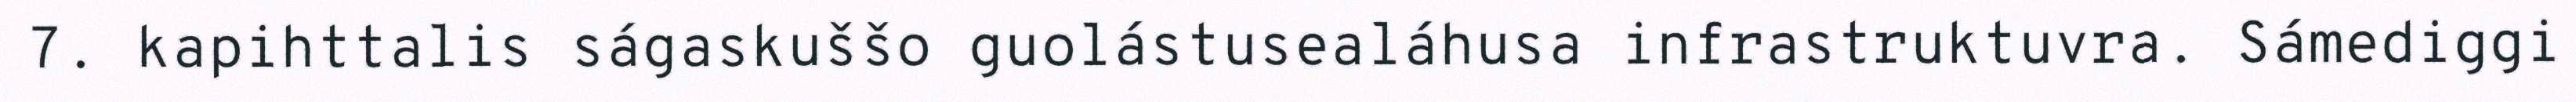
7. kapihttalis ságaskuššo guolástusealáhusa infrastruktuvra. Sámediggi